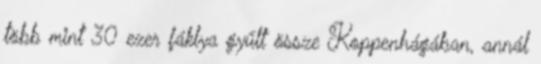
több mint 30 ezer fáklya gyűlt össze Koppenhágában, annál